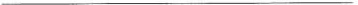
__________________________